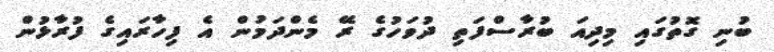
ބުނި ގޮތުގައި މިދިއަ ބުރާސްފަތި ދުވަހުގެ ރޭ މެންދަމުން އެ ފިހާރައިގެ ފުރާޅުން